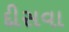
દીસવા